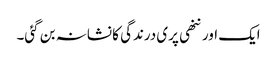
ایک اور ننھی پری درندگی کا نشانہ بن گئی۔